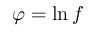
{ \varphi = \ln f }